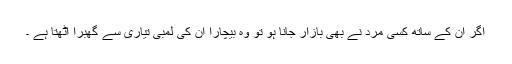
اگر ان کے ساتھ کسی مرد نے بھی بازار جانا ہو تو وہ بیچارا ان کی لمبی تیاری سے گھبرا اٹھتا ہے ۔